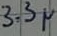
Text: 3.3µ